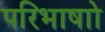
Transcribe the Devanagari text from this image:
परिभाषाो